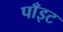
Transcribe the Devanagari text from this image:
पाँइट